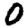
Digit: 0